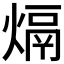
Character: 𤌦